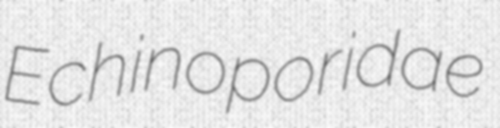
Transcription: Echinoporidae